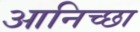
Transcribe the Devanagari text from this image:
आनिच्छा